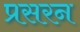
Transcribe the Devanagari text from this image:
प्रसरन